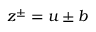
\boldsymbol { z } ^ { \pm } = \boldsymbol { u } \pm \boldsymbol { b }